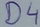
Text: D4